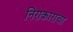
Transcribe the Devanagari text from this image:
निराकाराचा